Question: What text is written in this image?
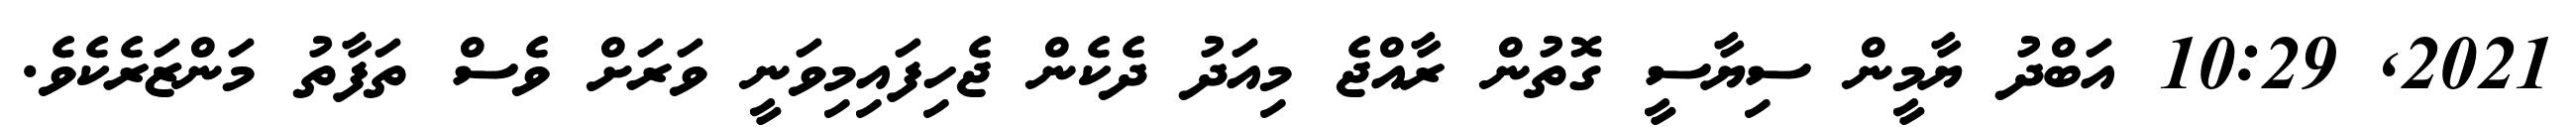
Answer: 2021, 10:29 އަބްދު ޔާމީން ސިޔާސީ ގޮތުން ރާއްޖެ މިއަދު ދެކެން ޖެހިފައިމިވަނީ ވަރަށް ވެސް ތަފާތު މަންޒަރެކެވެ.